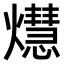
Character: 𤑡